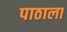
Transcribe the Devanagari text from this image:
पाठाला